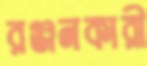
রঞ্জনকারী